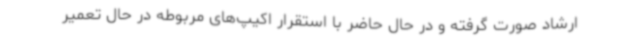
ارشاد صورت گرفته و در حال حاضر با استقرار اکیپ‌های مربوطه در حال تعمیر